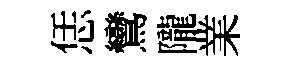
恁鸞隴業